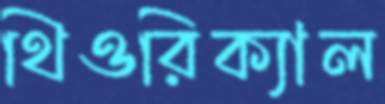
থিওরিক্যাল